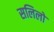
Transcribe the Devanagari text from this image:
सलिलो